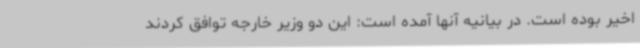
اخیر بوده است. در بیانیه آنها آمده است: این دو وزیر خارجه توافق کردند